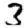
Digit: 3